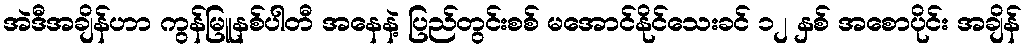
အဲဒီအချိန်ဟာ ကွန်မြူနစ်ပါတီ အနေနဲ့ ပြည်တွင်းစစ် မအောင်နိုင်သေးခင် ၁၂ နှစ် အစောပိုင်း အချိန်